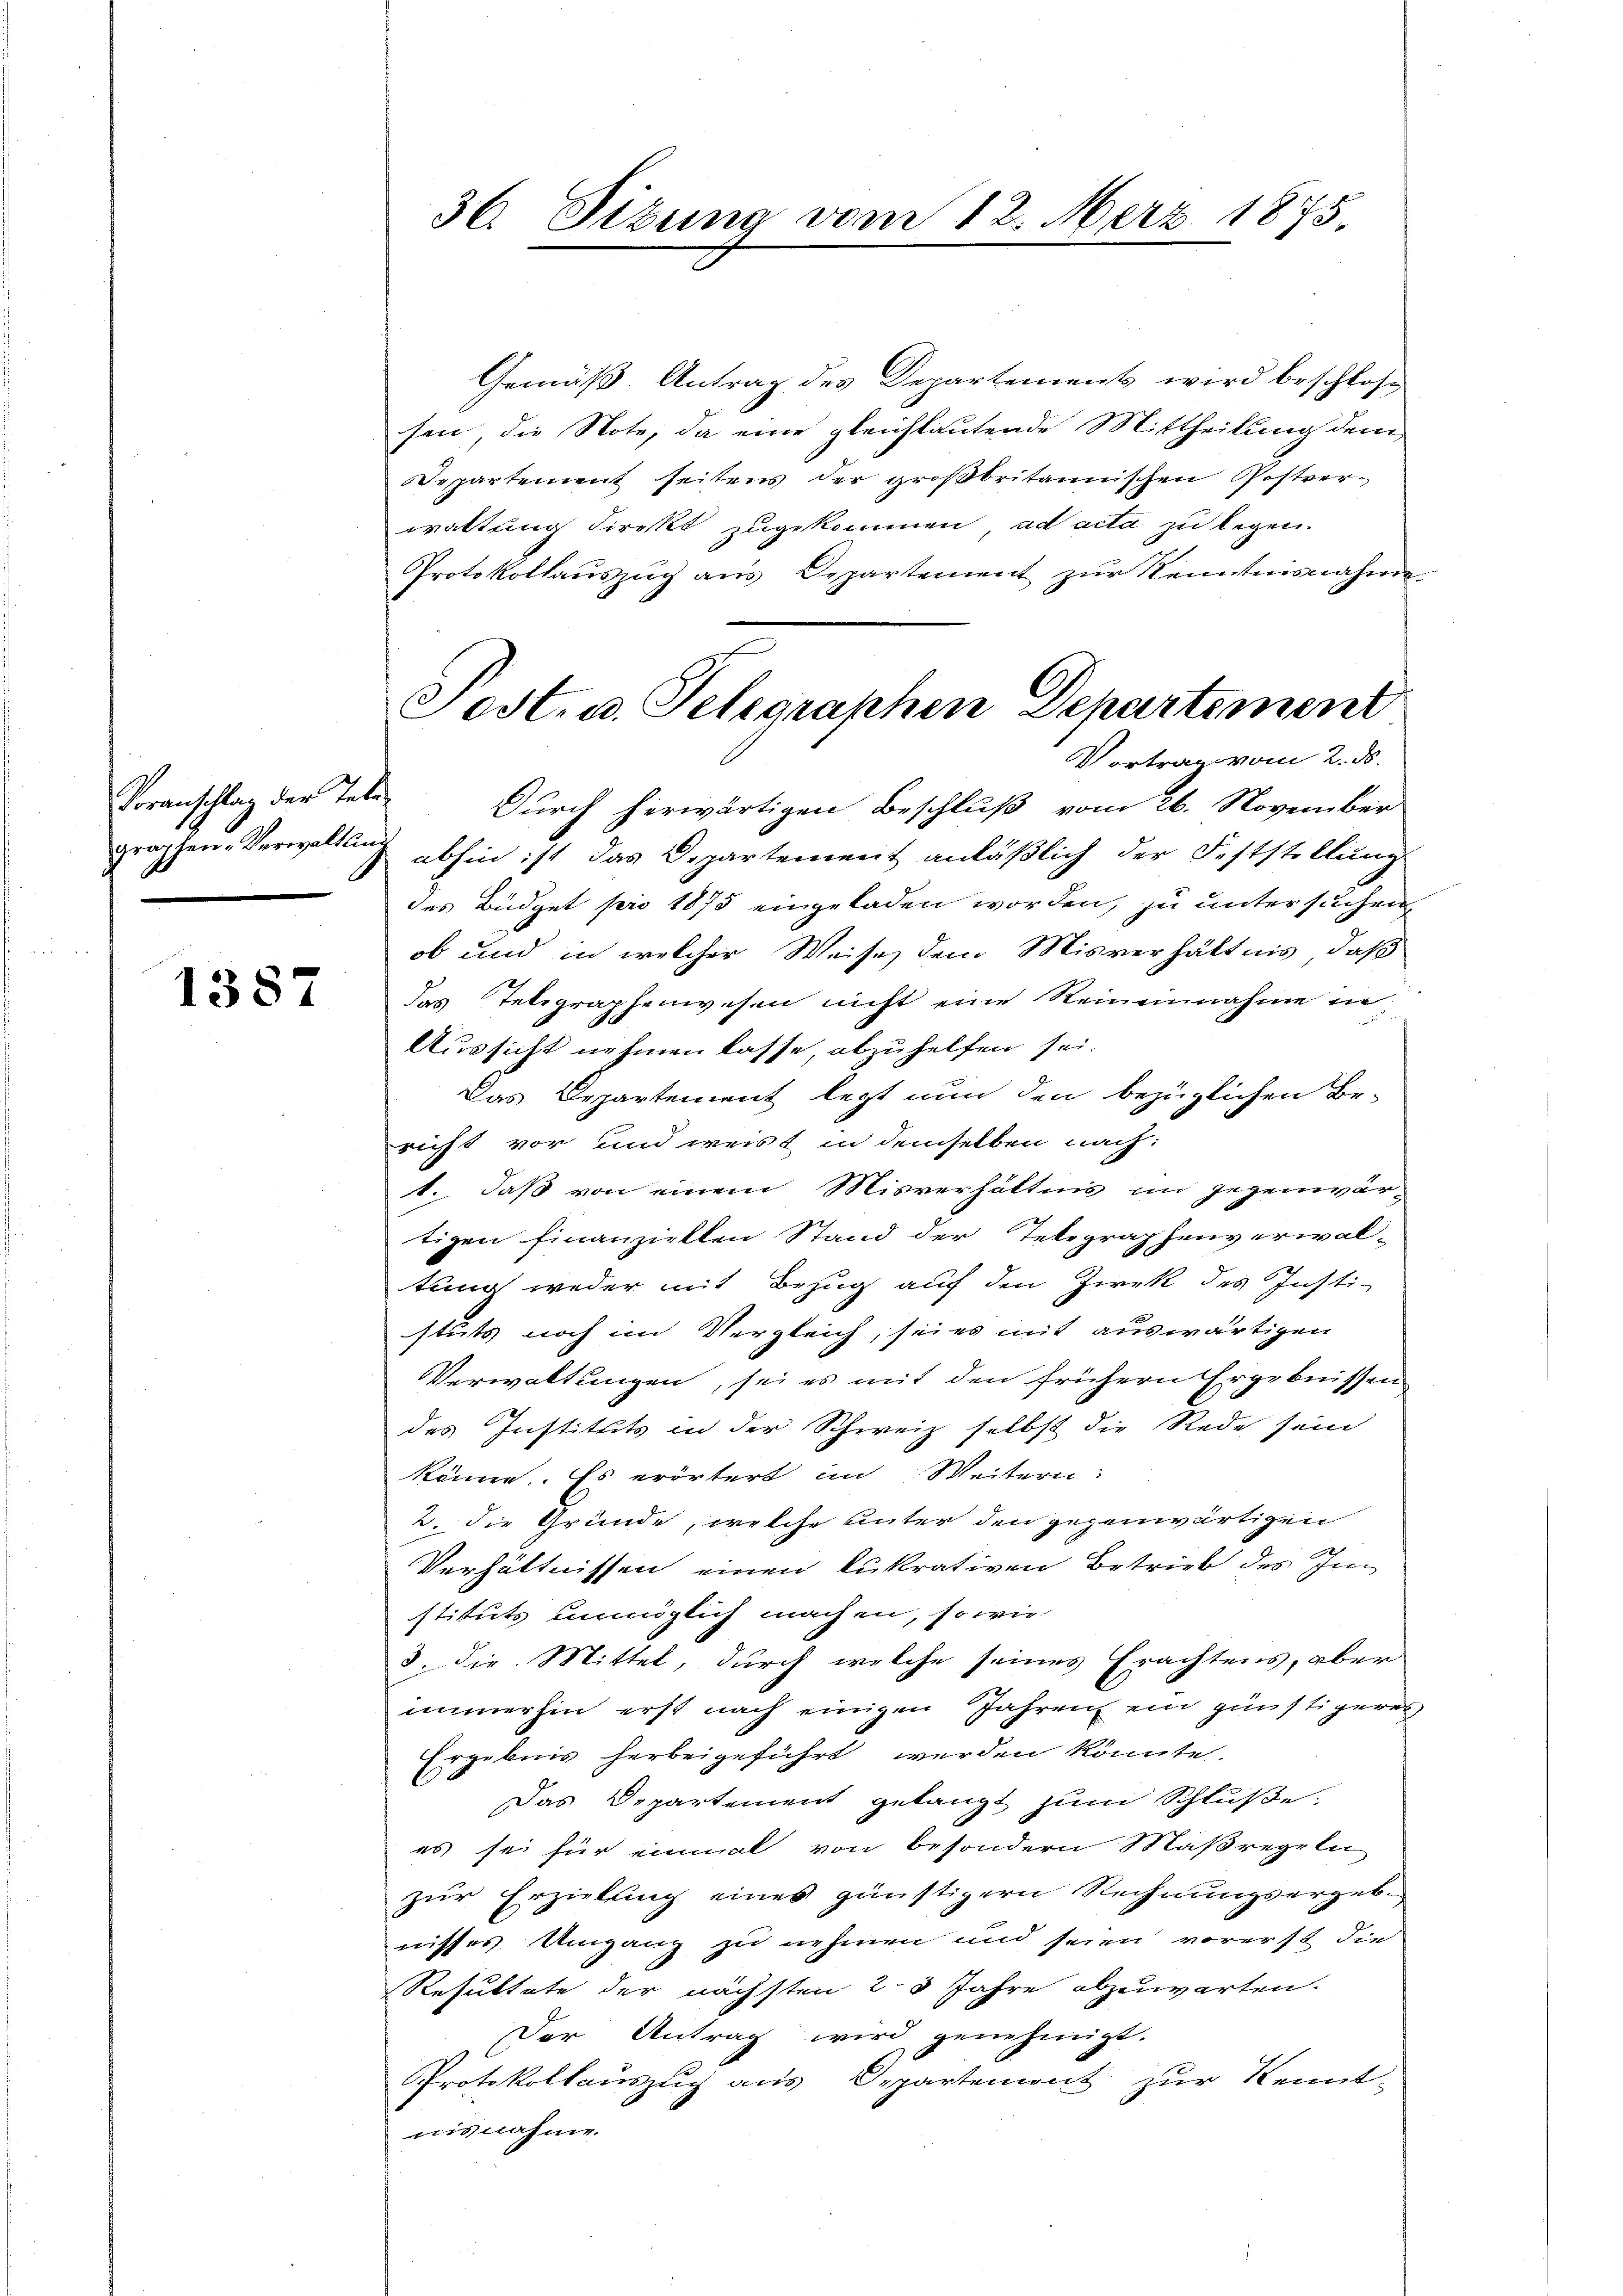
Voranschlag der Tele¬

1387

36. Sitzung vom 12. März 1875.

Gemäß Antrag des Departement wird beschlos
sen, die Note, da eine gleichlautende Mittheilung dem
Departement seitens der großbritannischen Postverwaltung direkt zugekommen, ad acta zu legen.
Protokollaŭszŭg ans Departement zŭr Kenntnisnahme-
Durch herwärtigen Beschluß vom 26. November
graphen-Verwaltung abhin ist das Departement anläßlich der Feststellung
des Büdget pro 1875 eingeladen worden, zu untersuchen
ob und in welcher Weise, dem Misverhältnis, daß
das Telegraphenwesen nicht eine Reineinnahme in
Aussicht nehmen lasse, abzuhelfen sei.
Das Departement legt nun den bezüglichen Be-
richt vor und weist in demselben nach:
1. daß von einem Misverhältnn im Gegenwärtizen finanzielten Stand der Telegraphenverwaltung weder mit Bezug auf den Zwek des Insti-
stuts noch im Vergleich, sei es mit auswärtigen
Verwaltungen, sei es mit den frühern Ergebnissen
des Instituts in der Schweiz selbst die Rede sein
könne. Es erörtert im Weitern:
2. die Gründe, welche unter den gegenwärtigen
Verhältnissen einen lukrativen Betrieb des Instituts unmöglich machen, so wie
3. Die Mittel, durch welche seines Erachtens, aber
immerhin erst nach einigen Jahren ein günstigeren
Ergebnis herbeigeführt werden könnte.
Das Departement gelangt zum Schlüße.
es sei für einmal von besondern Maßregeln
zur Erziehung eines günstigern Rechnungsergebnisses Umgang zu nehmen und seien vorerst die
Resultate der nächsten 23 Jahre abzuwarten.
Der Antrag wird genehmigt.
Protokollauszug aus Departement zur Kennt-
nisnahme.

Fest. u. Telegraphen Departement
Vortrag vom 2. ds.